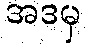
အဒမှ